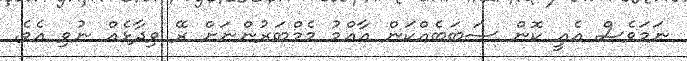
ނަމަވެސް އެއީ ކޮން ސަބަބެއްކަން އާއްމު މެމްބަރުންނަށް ރޭ ވިދާޅެއް ނުވި އެވެ.